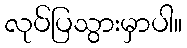
လုပ်ပြသွားမှာပါ။